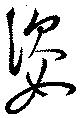
姿